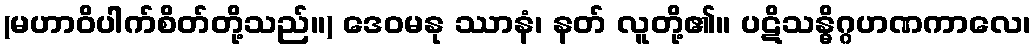
(မဟာဝိပါက်စိတ်တို့သည်။) ဒေဝမနု ဿာနံ၊ နတ် လူတို့၏။ ပဋိသန္ဓိဂ္ဂဟဏကာလေ၊